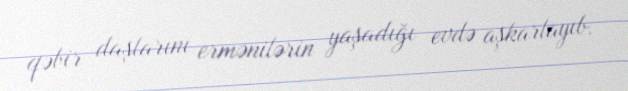
qəbir daşlarını ermənilərin yaşadığı evdə aşkarlayıb.